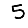
Digit: 5